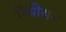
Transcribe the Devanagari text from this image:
रिचीसन